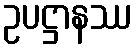
ဥပဋ္ဌာနဿ